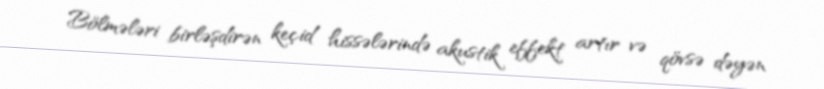
Bölmələri birləşdirən keçid hissələrində akustik effekt artır və qövsə dəyən